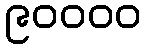
၉၀၀၀၀